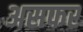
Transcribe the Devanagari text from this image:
असफर